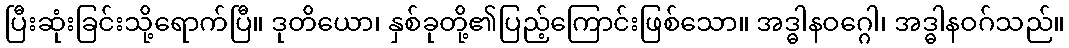
ပြီးဆုံးခြင်းသို့ရောက်ပြီ။ ဒုတိယော၊ နှစ်ခုတို့၏ပြည့်ကြောင်းဖြစ်သော။ အဒ္ဓါနဝဂ္ဂေါ၊ အဒ္ဓါနဝဂ်သည်။